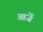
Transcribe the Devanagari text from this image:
आजें